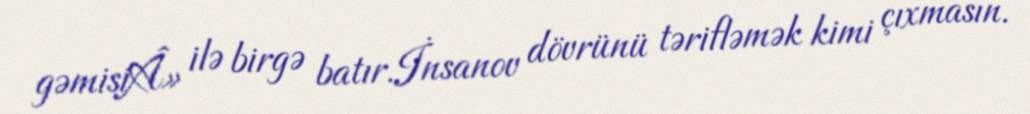
gəmisiÂ» ilə birgə batır.İnsanov dövrünü tərifləmək kimi çıxmasın.